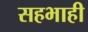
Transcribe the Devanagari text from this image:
सहभाही